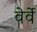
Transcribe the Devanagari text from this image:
वेर्वे